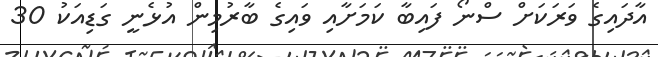
އާދައިގެ ވަރަކަށް ސްނޯ ފައިބާ ކަމަށާއި ވައިގެ ބާރުމިން އުޅެނީ ގަޑިއަކު 30